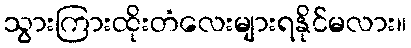
သွားကြားထိုးတံလေးများရနိုင်မလား။